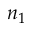
n _ { 1 }